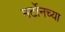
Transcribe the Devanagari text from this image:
मर्टोनच्या